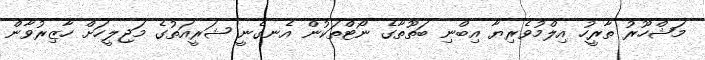
މަޝްހޫރު ތާރީހު އިލްމުވެރިޔާ އިބްނި ބަތޫތާގެ ނޯޓްތަކުން އެނގެނީ ޝަރީއަތުގެ މަޖިލީހަށް ހާޒިރުވާން